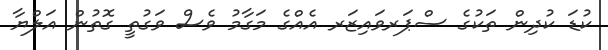
ކުޑަ ކުދިން ތަކުގެ ސްޕަރވައިޒަރ އެއްގެ މަގާމު ވެސް ވަގުތީ ގޮތުން އަލްޔާ